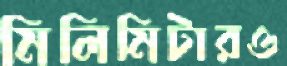
মিলিমিটারও